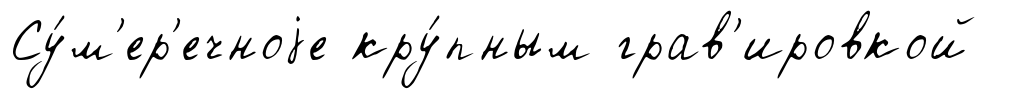
Су́м'ер'ечноjе кру́пным грав'ировкой